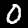
Digit: 0